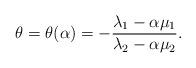
LaTeX: \begin{align*} \theta=\theta(\alpha)=-\frac{\lambda_1-\alpha\mu_1}{\lambda_2-\alpha\mu_2}. \end{align*}